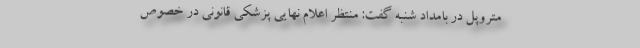
متروپل در بامداد شنبه گفت: منتظر اعلام نهایی پزشکی قانونی در خصوص